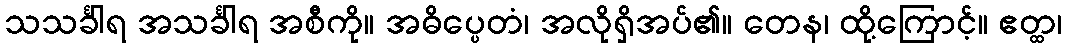
သသင်္ခါရ အသင်္ခါရ အစီကို။ အဓိပ္ပေတံ၊ အလိုရှိအပ်၏။ တေန၊ ထို့ကြောင့်။ ဧတ္ထ၊